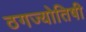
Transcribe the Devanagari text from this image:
ठगज्योतिषी